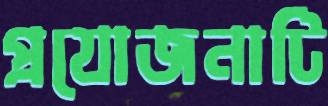
প্রযোজনাটি